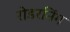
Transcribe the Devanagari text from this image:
रोडरनिंग